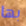
بها